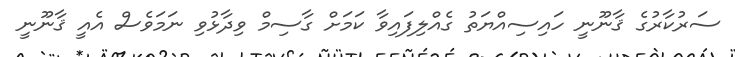
ސަރުކާރުގެ ޤާނޫނީ ހައިސިއްޔަތު ގެއްލިފައިވާ ކަމަށް ގާސިމް ވިދާޅުވި ނަމަވެސް އެއީ ޤާނޫނީ